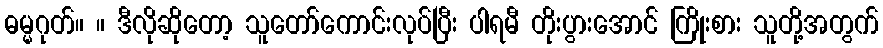
ဓမ္မဂုတ်။ ။ ဒီလိုဆိုတော့ သူတော်ကောင်းလုပ်ပြီး ပါရမီ တိုးပွားအောင် ကြိုးစား သူတို့အတွက်